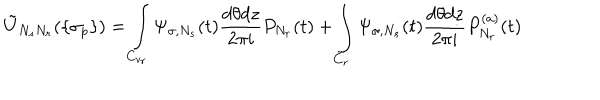
\tilde { U } _ { N _ { s } N _ { r } } ( \{ \sigma _ { p } \} ) = \int _ { C _ { v _ { r } } } \Psi _ { \sigma , N _ { s } } ( t ) \frac { d \theta d z } { 2 \pi i } P _ { N _ { r } } ( t ) + \int _ { \tilde { C } _ { r } } \Psi _ { \sigma , N _ { s } } ( t ) \frac { d \theta d z } { 2 \pi i } P _ { N _ { r } } ^ { ( a ) } ( t )